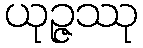
ယုဉ္ဇဿု